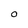
Character: O